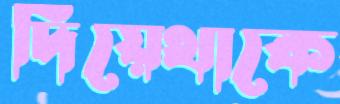
দিয়েথাকে